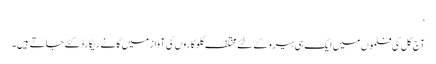
‘
آج کل کی فلموں میں ایک ہی ہیرو کے لئے مختلف گلوکاروں کی آواز میں گانے ریکارڈ کئے جاتے ہیں۔